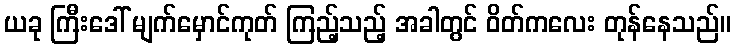
ယခု ကြီးဒေါ် မျက်မှောင်ကုတ် ကြည့်သည့် အခါတွင် ဝိတ်ကလေး တုန်နေသည်။